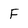
Character: F